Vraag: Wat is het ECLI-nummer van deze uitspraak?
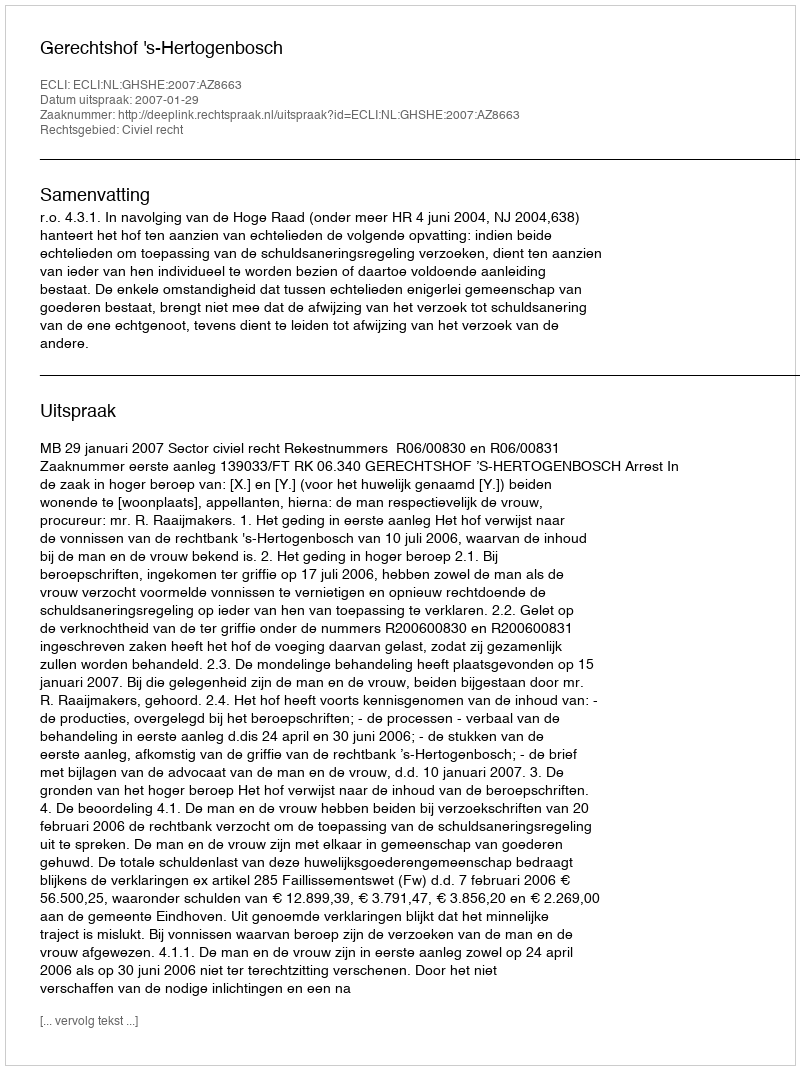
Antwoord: ECLI:NL:GHSHE:2007:AZ8663